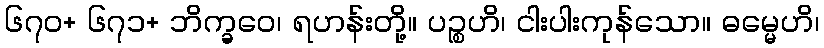
၆၇၀+ ၆၇၁+ ဘိက္ခဝေ၊ ရဟန်းတို့။ ပဉ္စဟိ၊ ငါးပါးကုန်သော။ ဓမ္မေဟိ၊